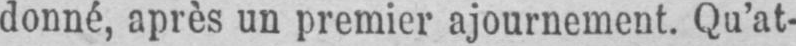
donné, après un premier ajournement. Qu’at-